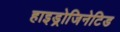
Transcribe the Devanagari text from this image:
हाइड्रोजिनेटिड